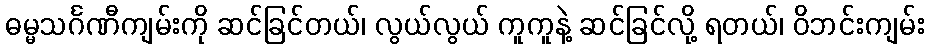
ဓမ္မသင်္ဂဏီကျမ်းကို ဆင်ခြင်တယ်၊ လွယ်လွယ် ကူကူနဲ့ ဆင်ခြင်လို့ ရတယ်၊ ဝိဘင်းကျမ်း